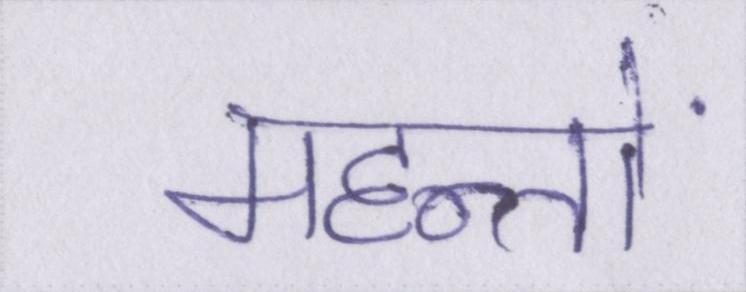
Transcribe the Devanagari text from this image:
महन्तों